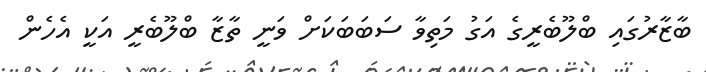
ބާޒާރުގައި ބްލޫބެރީގެ އަގު މަތިވާ ސަބަބަކަށް ވަނީ ތާޒާ ބްލޫބެރީ އަކީ އެހެން